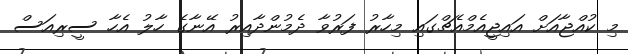
މި ކުއްޖާއަށް އައިޖީއެމްއެޗްގައި މިހާރު ފަރުވާ ދެމުންދާއިރު އޭނާގެ ހާލު އެހާ ސީރިއަސް